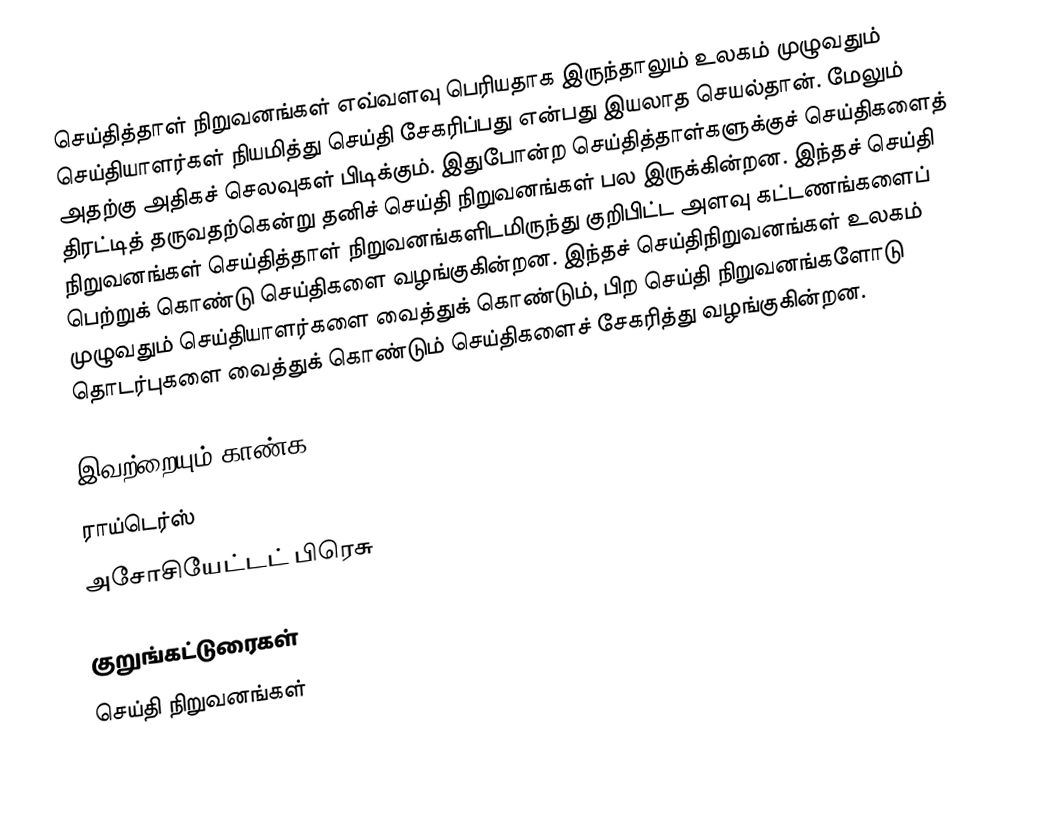
செய்தித்தாள் நிறுவனங்கள் எவ்வளவு பெரியதாக இருந்தாலும் உலகம் முழுவதும் செய்தியாளர்கள் நியமித்து செய்தி சேகரிப்பது என்பது இயலாத செயல்தான். மேலும் அதற்கு அதிகச் செலவுகள் பிடிக்கும். இதுபோன்ற செய்தித்தாள்களுக்குச் செய்திகளைத் திரட்டித் தருவதற்கென்று தனிச் செய்தி நிறுவனங்கள் பல இருக்கின்றன. இந்தச் செய்தி நிறுவனங்கள் செய்தித்தாள் நிறுவனங்களிடமிருந்து குறிபிட்ட அளவு கட்டணங்களைப் பெற்றுக் கொண்டு செய்திகளை வழங்குகின்றன. இந்தச் செய்திநிறுவனங்கள் உலகம் முழுவதும் செய்தியாளர்களை வைத்துக் கொண்டும், பிற செய்தி நிறுவனங்களோடு தொடர்புகளை வைத்துக் கொண்டும் செய்திகளைச் சேகரித்து வழங்குகின்றன.

இவற்றையும் காண்க
ராய்டெர்ஸ்
அசோசியேட்டட் பிரெசு

 குறுங்கட்டுரைகள்
செய்தி நிறுவனங்கள்